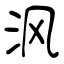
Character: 沨